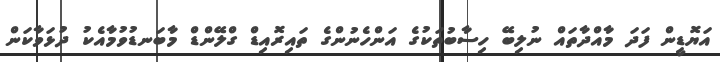
އަޔޮޑީން ފަދަ މާއްދާތައް ނުލިބޭ ހިސާބުތަކުގެ އަންހެނުންގެ ތައިރޮއިޑް ގްލޭންޑް މާބަނޑުވުމާއެކު ދުޅަވާކަން